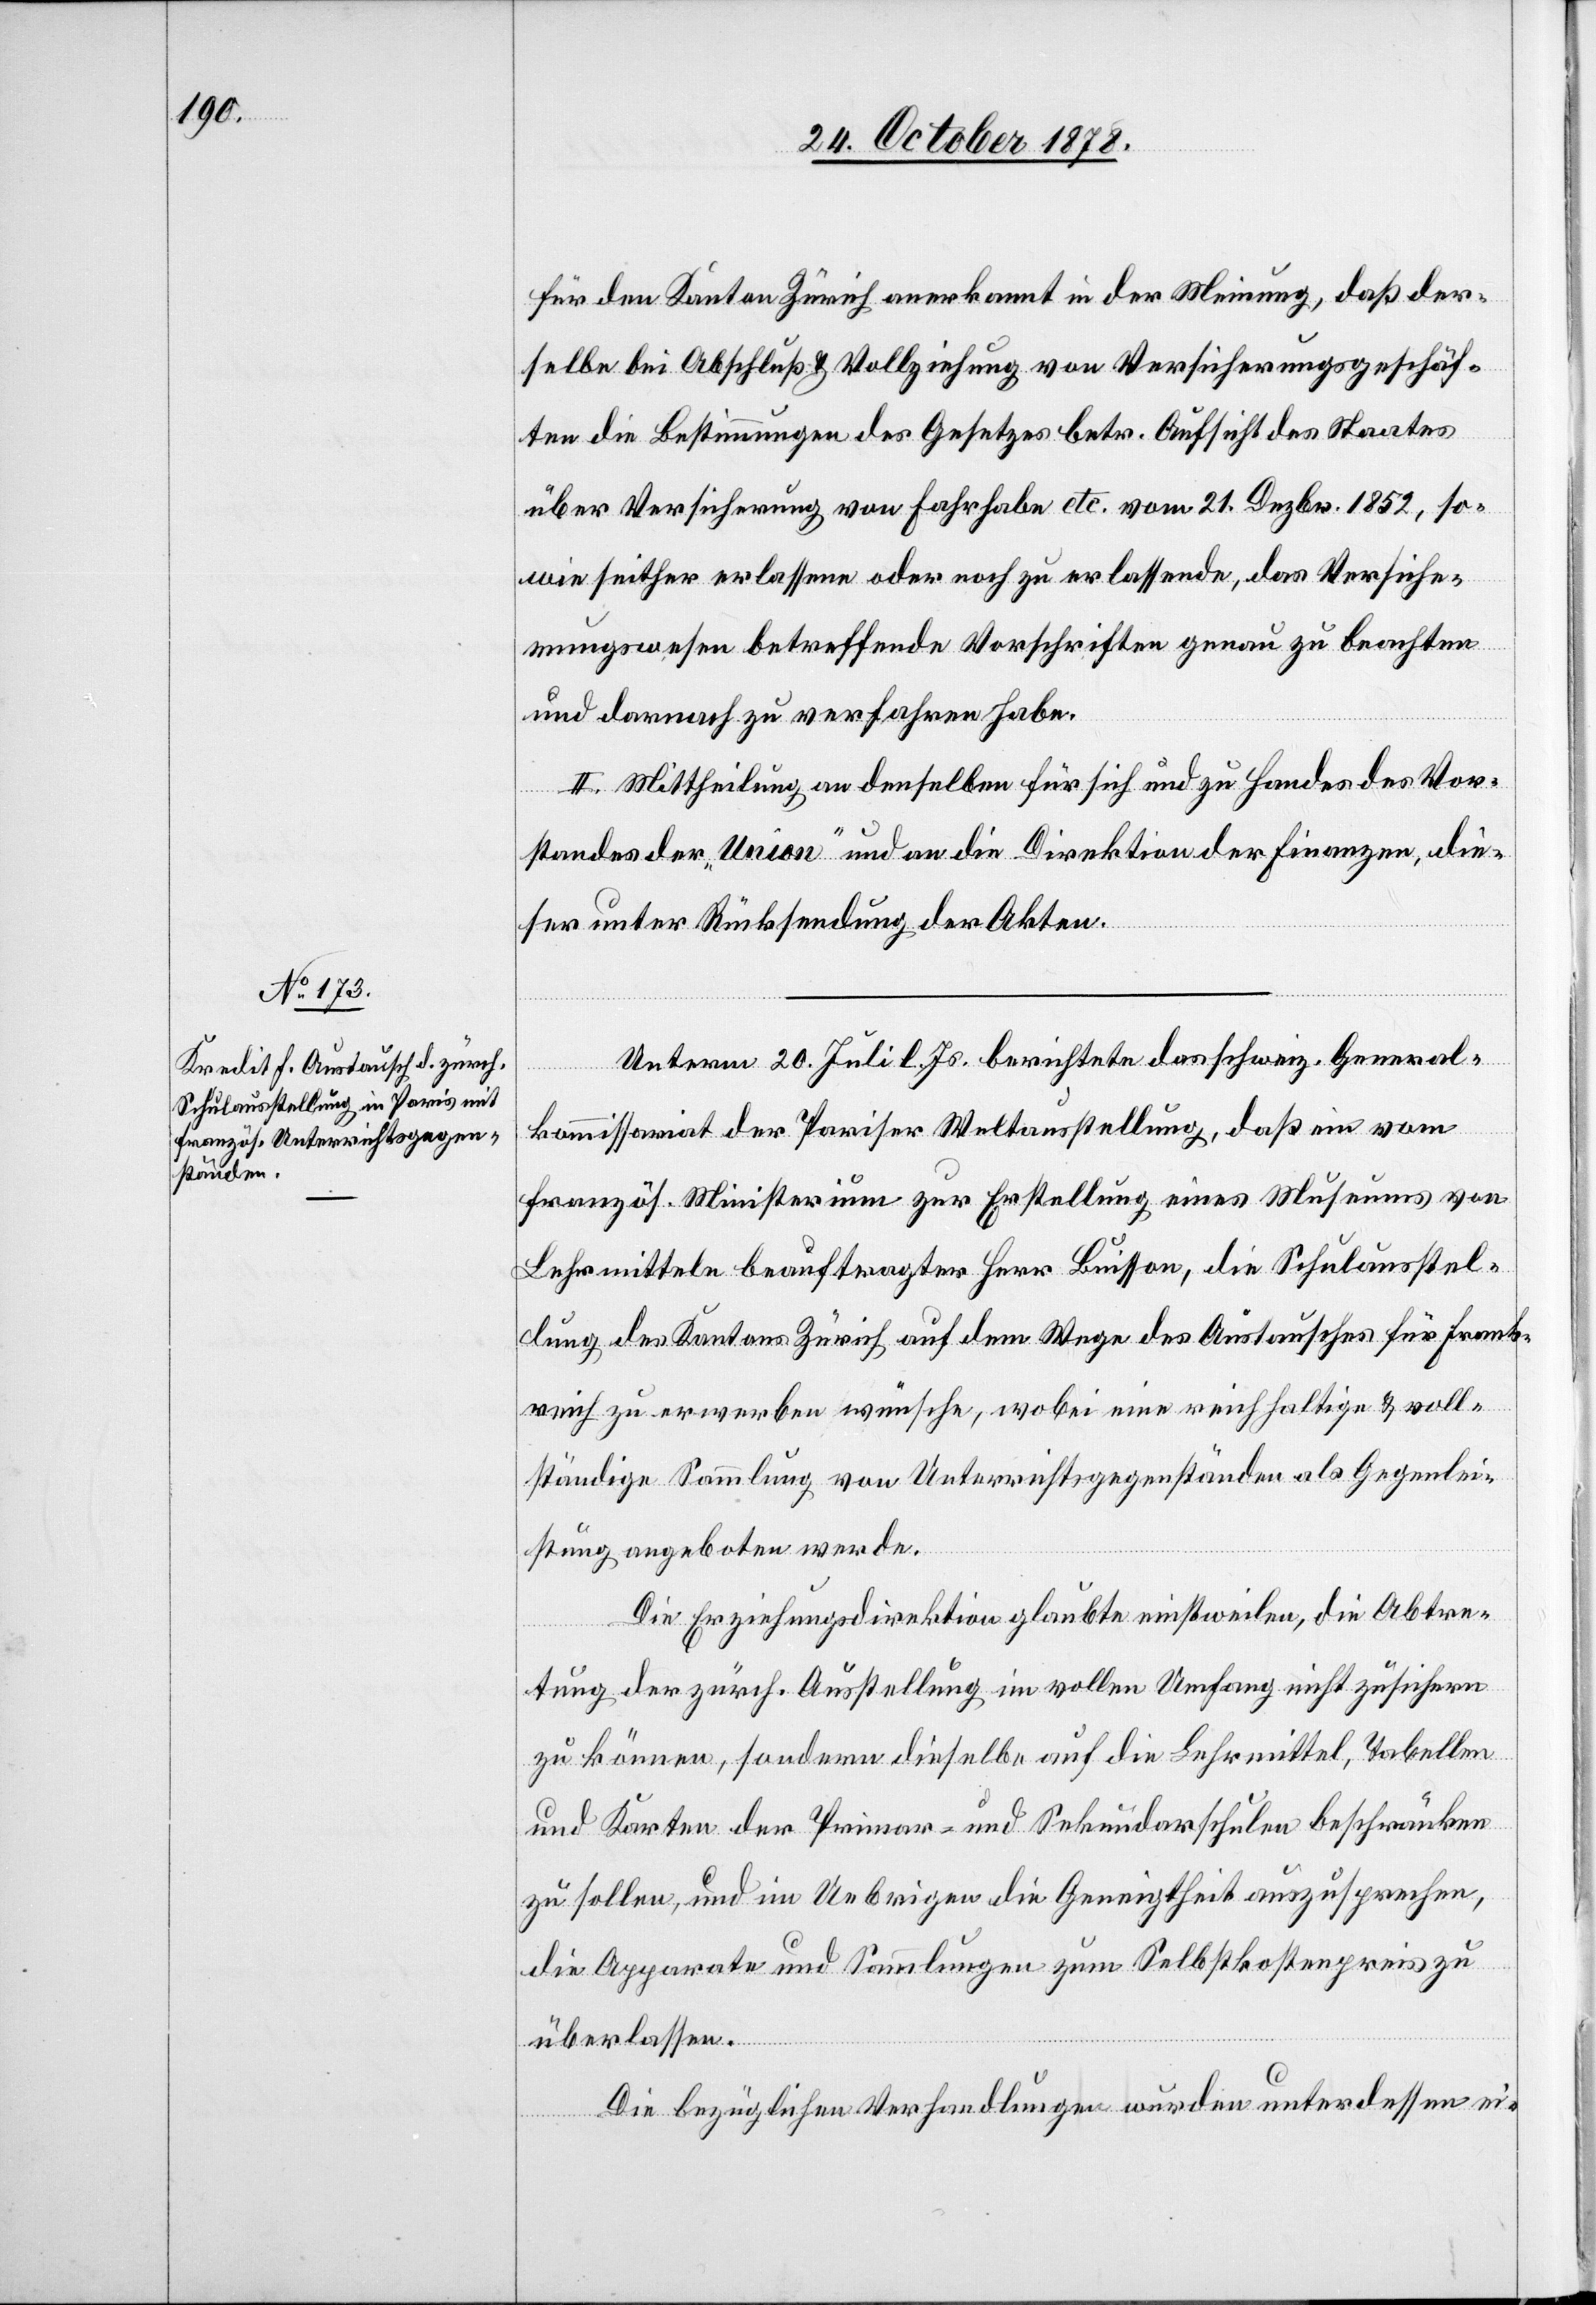
für den Kanton Zürich anerkannt in der Meinung, daß der¬
selbe bei Abschluß & Vollziehung von Versicherungsgeschäf¬
ten die Bestimmungen des Gesetzes betr. Aufsicht des Staates
über Versicherung von Fahrhabe etc. vom 21. Dezbr. 1852, so¬
wie seither erlassene oder noch zu erlassende, das Versiche¬
rungswesen betreffende Vorschriften genau zu beachten
und darnach zu verfahren habe.
II. Mittheilung an denselben für sich und zu Handen des Vor¬
standes der „Union“ und an die Direktion der Finanzen, die¬
ser unter Rücksendung der Akten.
Unterm 20. Juli l. Js. berichtete das schweiz. General¬
kommissariat der Pariser Weltausstellung, daß ein vom
französ. Ministerium zur Erstellung eines Museums von
Lehrmitteln beauftragter Herr Buisson, die Schulausstel¬
lung des Kantons Zürich auf dem Wege des Austausches für Frank¬
reich zu erwerben wünsche, wobei eine reichhaltige & voll¬
ständige Sammlung von Unterrichtsgegenständen als Gegenlei¬
stung angeboten werde.
Die Erziehungsdirektion glaubte einstweilen, die Abtre¬
tung der zürch. Ausstellung im vollen Umfang nicht zusichern
zu können, sondern dieselbe auf die Lehrmittel, Tabellen
und Karten der Primar- und Sekundarschulen beschränken
zu sollen, und im Uebrigen die Geneigtheit auszusprechen,
die Apparate und Sammlungen zum Selbstkostenpreis zu
überlassen.
Die bezüglichen Verhandlungen wurden unterdessen ei-